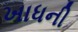
ખાધની